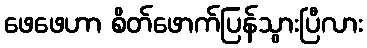
ဖေဖေဟာ စိတ်ဖောက်ပြန်သွားပြီလား